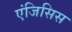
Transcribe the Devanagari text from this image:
एंजिसिस